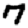
Digit: 7